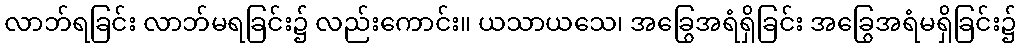
လာဘ်ရခြင်း လာဘ်မရခြင်း၌ လည်းကောင်း။ ယသာယသေ၊ အခြွေအရံရှိခြင်း အခြွေအရံမရှိခြင်း၌